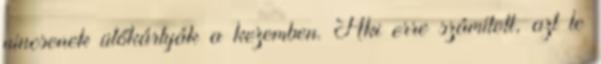
nincsenek ütőkártyák a kezemben. Aki erre számított, azt le